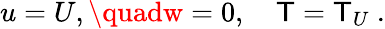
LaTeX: u=U,\quadw=0,\quad\mathsf{T}=\mathsf{T}_{U}~.